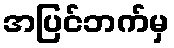
အပြင်ဘက်မှ